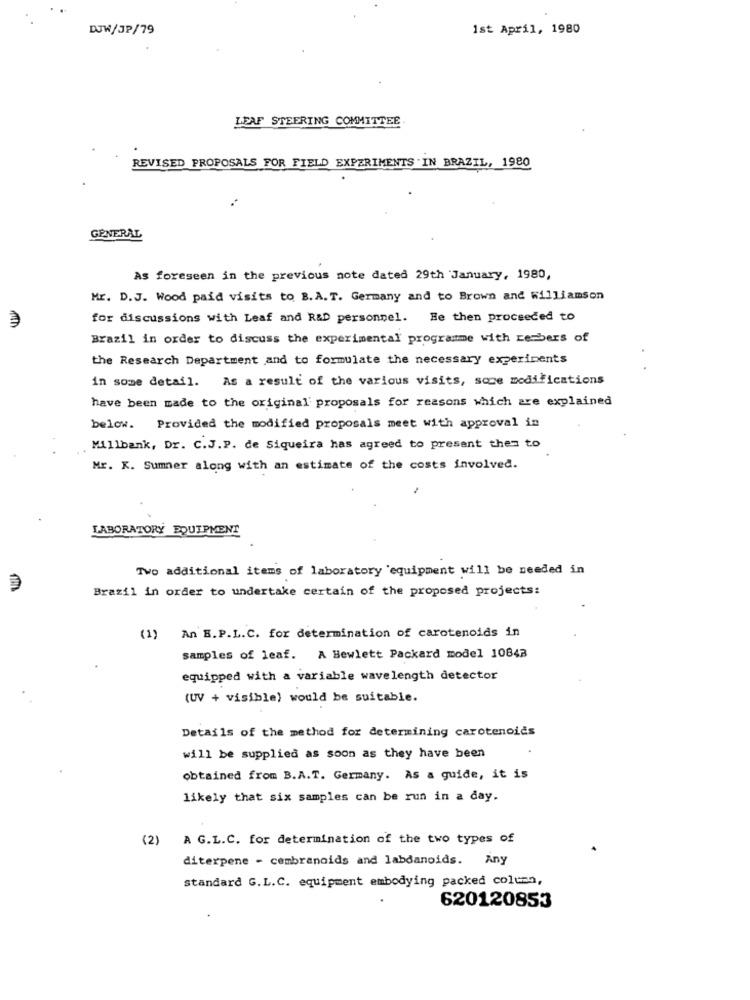
DJW/JP/79
1st April, 1980
LEAF STEERING COMMITTEE
REVISED PROPOSALS FOR FIELD EXPERIMENTS .IN BRAZIL, 1980
GENERAL
As foreseen in the previous note dated 29th January, 1980,
Mr. D.J. Wood paid visits to B.A.T. Germany and to Brown and williamson
for discussions with Leaf and R&D personnel. He then proceeded to
Brazil in order to discuss the experimental programme with rembers of
the Research Department and to formulate the necessary experiments
in some detail. As a result of the various visits, sove modifications
have been made to the original proposals for reasons which are explained
below. Provided the modified proposals meet with approval in
Millbank, Dr. C.J.P. de Siqueira has agreed to present thes to
Mr. K. Sumner along with an estimate of the costs involved.
LABORATORY EQUIPMENT
Two additional items of laboratory equipment will be needed in
Brazil in order to undertake certain of the proposed projects:
(1)
An B.P.L.C. for determination of carotenoids in
samples of leaf. A Hewlett Packard model 10843
equipped with a variable wavelength detector
(UV + visible) would be suitable.
Details of the method for determining carotenoids
will be supplied as soon as they have been
obtained from B.A.T. Germany. AS a guide, it is
likely that six samples can be run in a day.
(2)
A G.L.C. for determination of the two types of
diterpene - cembranoids and labdanoids. Any
standard G.L.C. equipment embodying packed column,
620120853